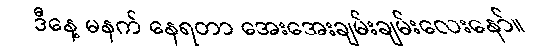
ဒီနေ့ မနက် နေရတာ အေးအေးချမ်းချမ်းလေးနော်။